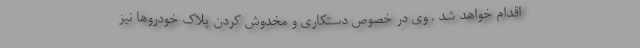
اقدام خواهد شد . وی در خصوص دستکاری و مخدوش کردن پلاک خودروها نیز